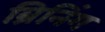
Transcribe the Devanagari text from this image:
ब्रिनिंग